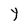
Character: Y